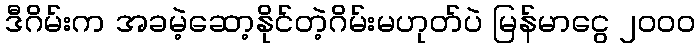
ဒီဂိမ်းက အခမဲ့ဆော့နိုင်တဲ့ဂိမ်းမဟုတ်ပဲ မြန်မာငွေ ၂၀၀၀